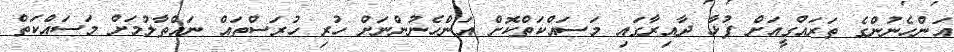
އަންހެނުންގެ ތަރައްގީއަށް ފުޅާ ދާއިރާގައި މަސައްކަތްކޮށް އަންހެނުންނަށް ހުރި ހުރަސްތައް ނައްތާލުމަށް މަސައްކަތް